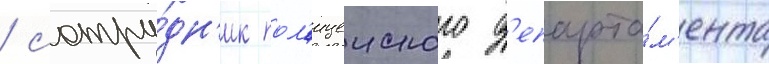
/ сотру́дн'ик пол'ицеиского д'епарта́м'ента